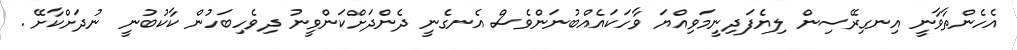
އެހެންތާވާނީ އިނގިރޭސިން ލިޔެފަދިނީމަވިއްޔަ ވާހަކައެއްބުނަންވެސް އެނގެނީ ދެންދަށްކަންވީނު ދިވެހިބަހުން ކާކުބުނީ ނުދަށްކާށޭ .